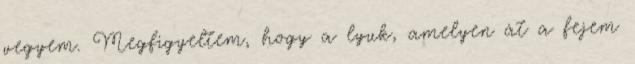
vegyem. Megfigyeltem, hogy a lyuk, amelyen át a fejem